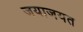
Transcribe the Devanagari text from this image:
जयाजयत